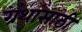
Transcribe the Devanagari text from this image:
ग्रंथांसाठी